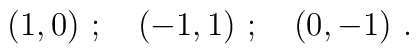
(1,0)\ ; \quad (-1,1)\ ; \quad (0, -1)\ .